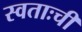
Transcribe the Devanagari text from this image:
स्वताःची